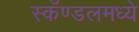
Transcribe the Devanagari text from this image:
स्कॅण्डलमध्ये